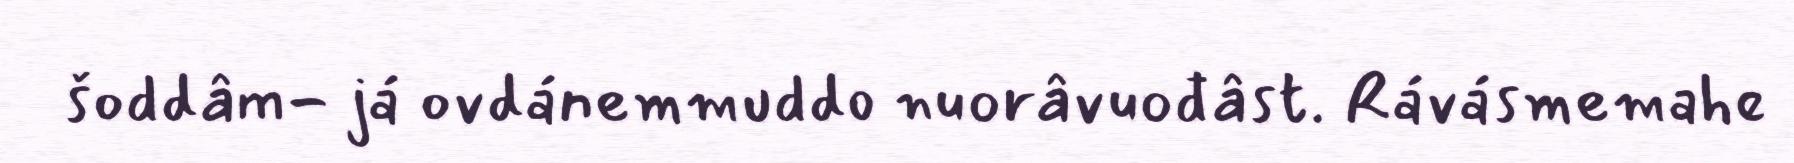
šoddâm- já ovdánemmuddo nuorâvuođâst. Rávásmemahe